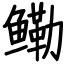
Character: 鳓